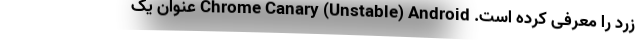
زرد را معرفی کرده است. Chrome Canary (Unstable) Android عنوان یک